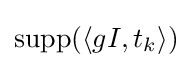
\operatorname {supp} (\langle gI,t_{k}\rangle )